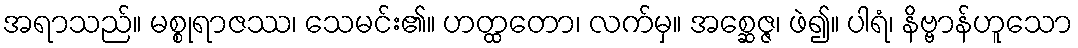
အရာသည်။ မစ္စုရာဇဿ၊ သေမင်း၏။ ဟတ္ထတော၊ လက်မှ။ အစ္ဆေဇ္ဇ၊ ဖဲ၍။ ပါရံ၊ နိဗ္ဗာန်ဟူသော